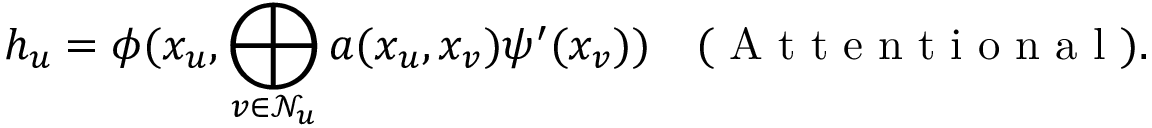
h _ { u } = \phi ( x _ { u } , \bigoplus _ { v \in \mathcal { N } _ { u } } a ( x _ { u } , x _ { v } ) \psi ^ { \prime } ( x _ { v } ) ) \quad ( \mathrm { ~ A ~ t ~ t ~ e ~ n ~ t ~ i ~ o ~ n ~ a ~ l ~ } ) .